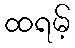
ထရမ့်